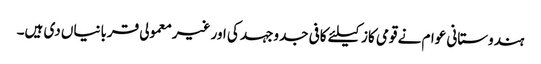
ہندوستانی عوام نے قومی کاز کیلئے کافی جدوجہد کی اور غیرمعمولی قربانیاں دی ہیں۔